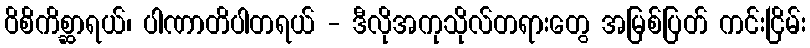
ဝိစိကိစ္ဆာရယ်၊ ပါဏာတိပါတရယ် - ဒီလိုအကုသိုလ်တရားတွေ အမြစ်ပြတ် ကင်းငြိမ်း